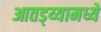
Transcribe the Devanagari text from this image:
आतड्य्यामध्ये